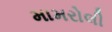
મામરોલી